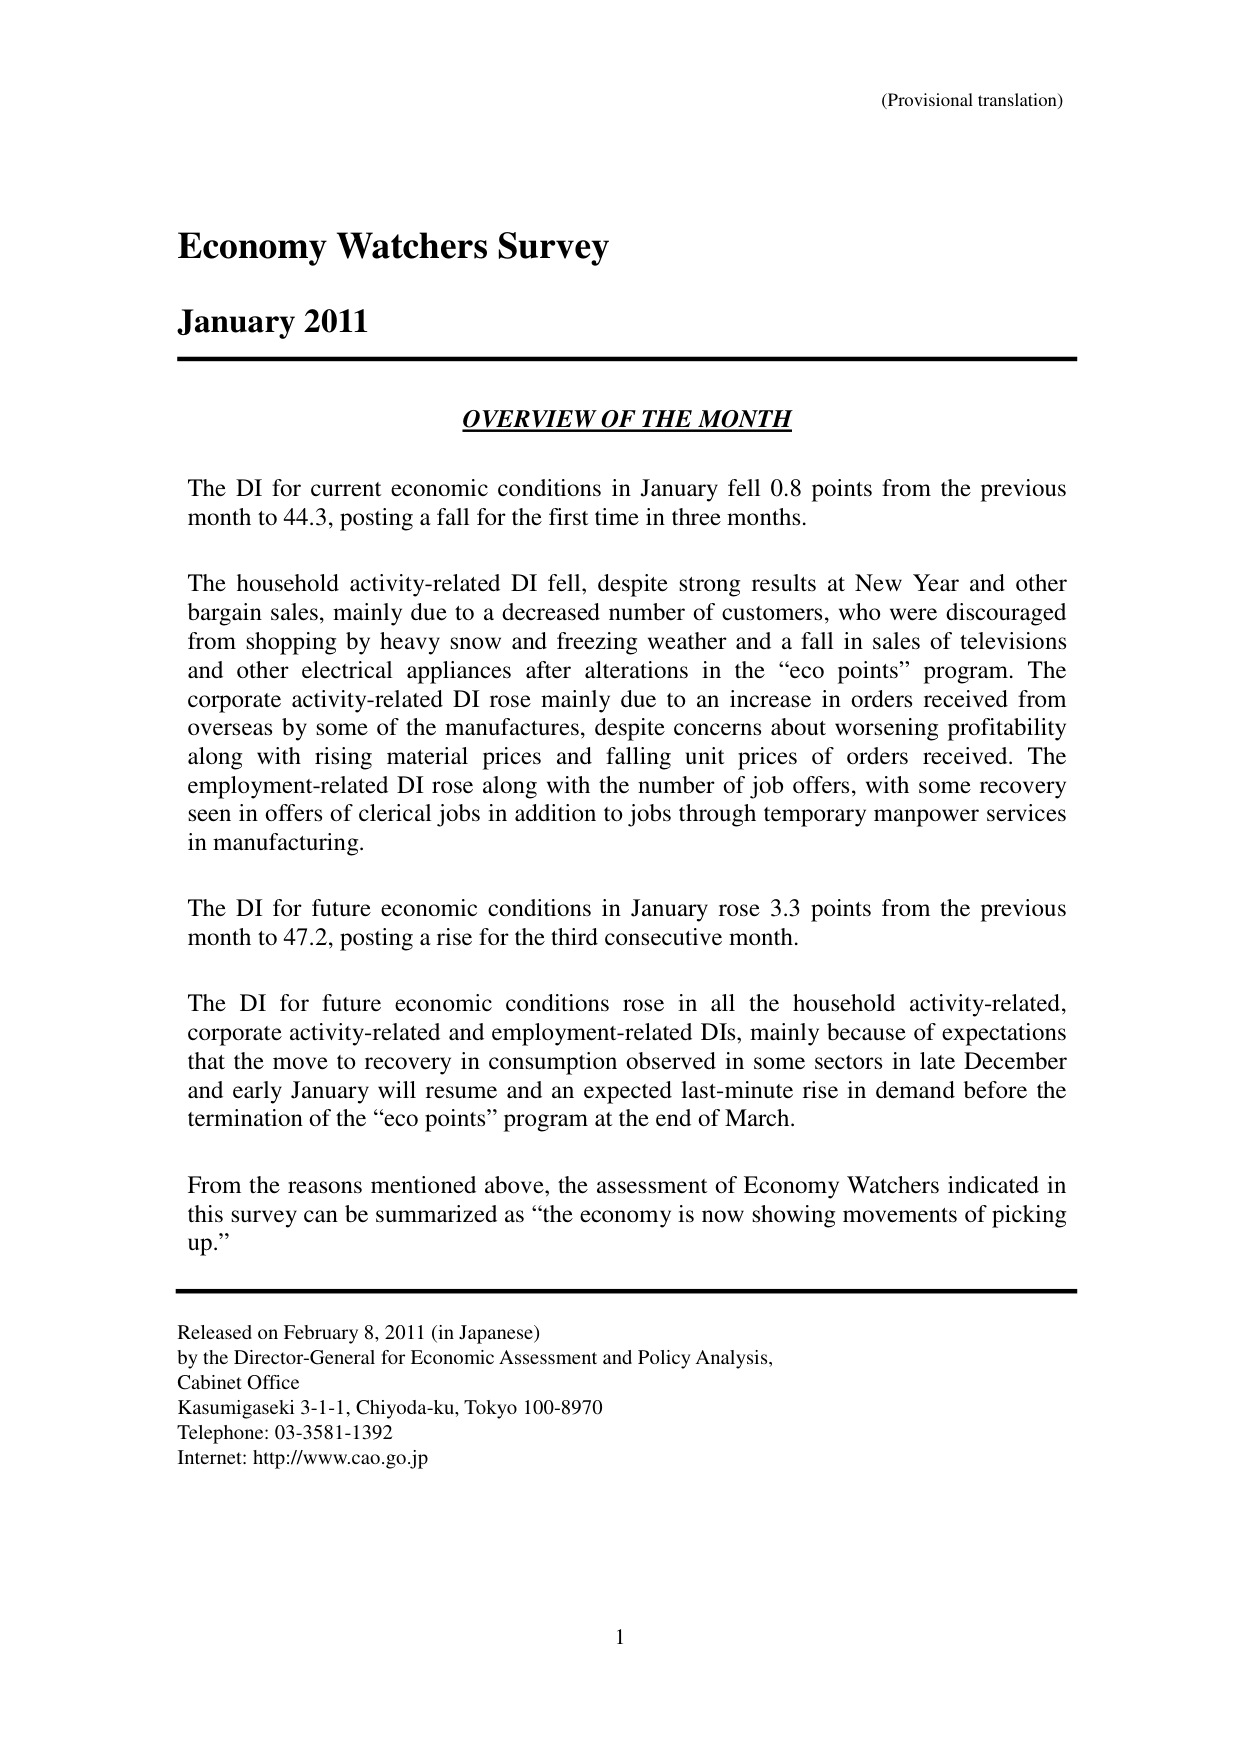
(Provisional translation)

Economy Watchers Survey
January 2011

OVERVIEW OF THE MONTH

The DI for current economic conditions in January fell 0.8 points from the previous month to 44.3, posting a fall for the first time in three months.

The household activity-related DI fell, despite strong results at New Year and other bargain sales, mainly due to a decreased number of customers, who were discouraged from shopping by heavy snow and freezing weather and a fall in sales of televisions and other electrical appliances after alterations in the “eco points” program. The corporate activity-related DI rose mainly due to an increase in orders received from overseas by some of the manufactures, despite concerns about worsening profitability along with rising material prices and falling unit prices of orders received. The employment-related DI rose along with the number of job offers, with some recovery seen in offers of clerical jobs in addition to jobs through temporary manpower services in manufacturing.

The DI for future economic conditions in January rose 3.3 points from the previous month to 47.2, posting a rise for the third consecutive month.

The DI for future economic conditions rose in all the household activity-related, corporate activity-related and employment-related DIs, mainly because of expectations that the move to recovery in consumption observed in some sectors in late December and early January will resume and an expected last-minute rise in demand before the termination of the “eco points” program at the end of March.

From the reasons mentioned above, the assessment of Economy Watchers indicated in this survey can be summarized as “the economy is now showing movements of picking up.”

Released on February 8, 2011 (in Japanese)
by the Director-General for Economic Assessment and Policy Analysis,
Cabinet Office
Kasumigaseki 3-1-1, Chiyoda-ku, Tokyo 100-8970
Telephone: 03-3581-1392
Internet: http://www.cao.go.jp

1